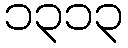
၁၃၁၃